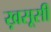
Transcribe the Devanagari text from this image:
ख़सूसी